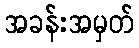
အခန်းအမှတ်